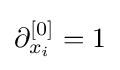
\partial _{x_{i}}^{[0]}=1